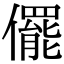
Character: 𠐌